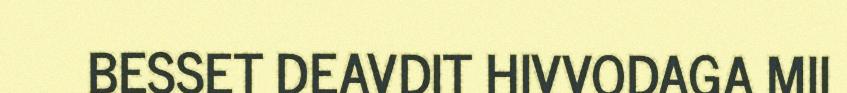
BESSET DEAVDIT HIVVODAGA MII